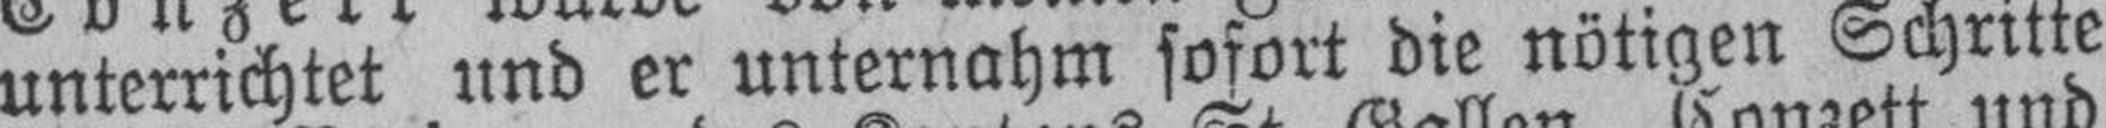
unterrichtet und er unternahm sofort die nötigen Schritte